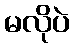
မလိုပဲ